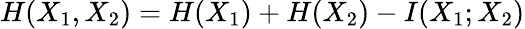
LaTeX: H(X_{1},X_{2})=H(X_{1})+H(X_{2})-I(X_{1};X_{2})